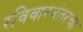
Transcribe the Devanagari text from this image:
रविवारनंतरचा